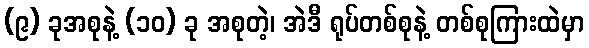
(၉) ခုအစုနဲ့ (၁၀) ခု အစုတဲ့၊ အဲဒီ ရုပ်တစ်စုနဲ့ တစ်စုကြားထဲမှာ